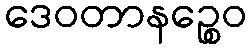
ဒေဝတာနဉ္စေဝ